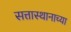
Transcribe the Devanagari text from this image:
सत्तास्थानाच्या